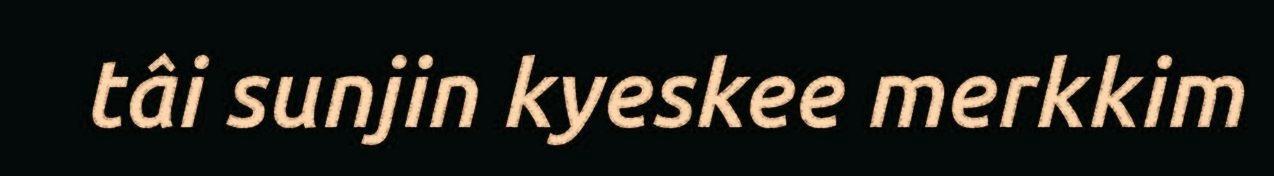
tâi sunjin kyeskee merkkim